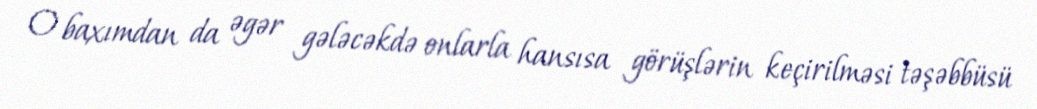
O baxımdan da əgər gələcəkdə onlarla hansısa görüşlərin keçirilməsi təşəbbüsü